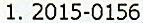
1. 2015-0156